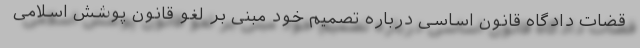
قضات دادگاه قانون اساسی درباره تصمیم خود مبنی بر لغو قانون پوشش اسلامی